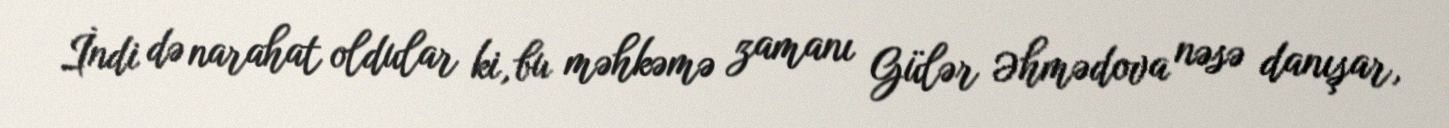
İndi də narahat oldular ki, bu məhkəmə zamanı Gülər Əhmədova nəsə danışar,